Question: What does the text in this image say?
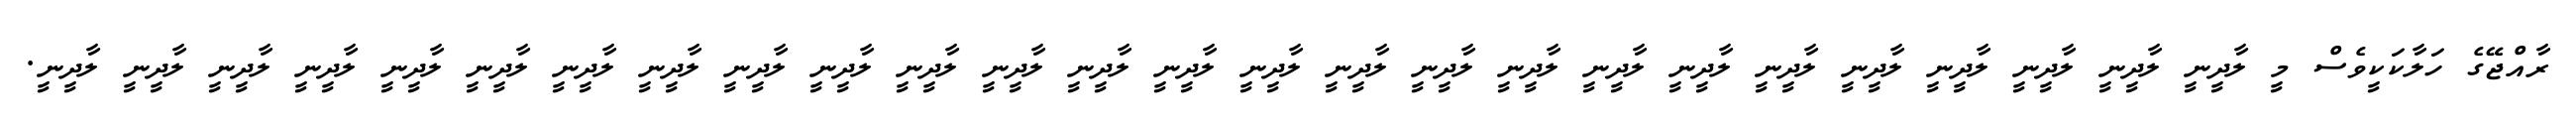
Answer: ރާއްޖޭގެ ހަލާކަކީވެސް މީ ލާދީނީ ލާދީނީ ލާދީނީ ލާދީނީ ލާދީނީ ލާދީނީ ލާދީނީ ލާދީނީ ލާދީނީ ލާދީނީ ލާދީނީ ލާދީނީ ލާދީނީ ލާދީނީ ލާދީނީ ލާދީނީ ލާދީނީ ލާދީނީ ލާދީނީ ލާދީނީ ލާދީނީ ލާދީނީ ލާދީނީ ލާދީނީ ލާދީނީ ލާދީނީ.